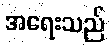
အရေးသည်